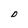
Character: D